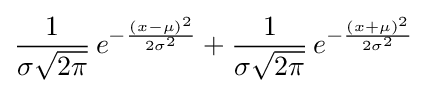
{\frac {1}{\sigma {\sqrt {2\pi }}}}\,e^{-{\frac {(x-\mu )^{2}}{2\sigma ^{2}}}}+{\frac {1}{\sigma {\sqrt {2\pi }}}}\,e^{-{\frac {(x+\mu )^{2}}{2\sigma ^{2}}}}